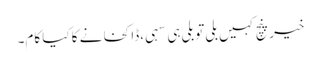
خیر پنچ کہیں بلی تو بلی ہی سہی ،ڈاکخانے کا کیا کام۔